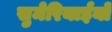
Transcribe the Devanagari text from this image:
सुमेरियाईयों